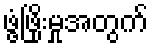
ဖွံ့ဖြိုးမှုအတွက်